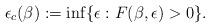
LaTeX: \begin{align*}\epsilon_c(\beta) :=\inf \{\epsilon : F(\beta,\epsilon)>0\}.\end{align*}